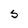
Character: S